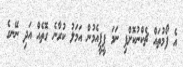
އެ ފޯމުތައް ޗެކްނުކޮށްފި ނަމަ ޕީޕީއެމުން އަމަލު ކުރާނެ ގޮތެއް އަދި ނޭނގެ